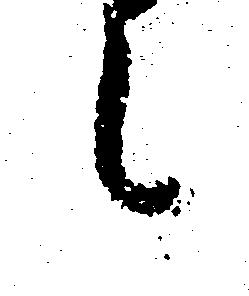
て